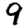
Digit: 9